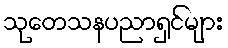
သုတေသနပညာရှင်များ